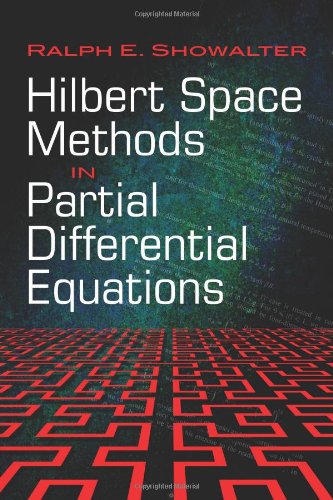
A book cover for Hilbert Space Methods in Partial Differential Equations (Dover Books on Mathematics); Ralph E. Showalter; Science & Math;